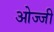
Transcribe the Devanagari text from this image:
ओज्जी